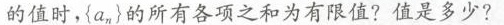
的值时，{a_{n}}的所有各项之和为有限值？值时多少？